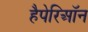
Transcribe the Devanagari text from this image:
हैपेरिऑन